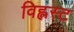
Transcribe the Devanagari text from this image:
विह्लस्ट